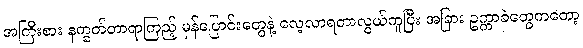
အကြီးစား နက္ခတ်တာရာကြည့် မှန်ပြောင်းတွေနဲ့ လေ့လာရတာလွယ်ကူပြီး အခြား ဥက္ကာခဲတွေကတော့